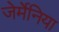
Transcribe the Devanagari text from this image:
जेर्मेनिया